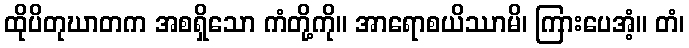
ထိုပိတုဃာတက အစရှိသော ကံတို့ကို။ အာရောစယိဿာမိ၊ ကြားပေအံ့။ တံ၊